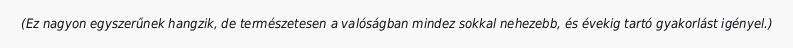
(Ez nagyon egyszerűnek hangzik, de természetesen a valóságban mindez sokkal nehezebb, és évekig tartó gyakorlást igényel.)